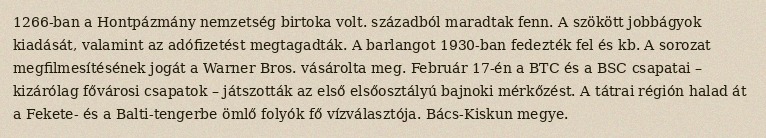
1266-ban a Hontpázmány nemzetség birtoka volt. századból maradtak fenn. A szökött jobbágyok kiadását, valamint az adófizetést megtagadták. A barlangot 1930-ban fedezték fel és kb. A sorozat megfilmesítésének jogát a Warner Bros. vásárolta meg. Február 17-én a BTC és a BSC csapatai – kizárólag fővárosi csapatok – játszották az első elsőosztályú bajnoki mérkőzést. A tátrai régión halad át a Fekete- és a Balti-tengerbe ömlő folyók fő vízválasztója. Bács-Kiskun megye.